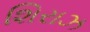
શિરાઝ